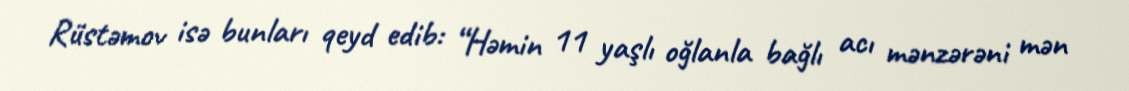
Rüstəmov isə bunları qeyd edib: “Həmin 11 yaşlı oğlanla bağlı acı mənzərəni mən